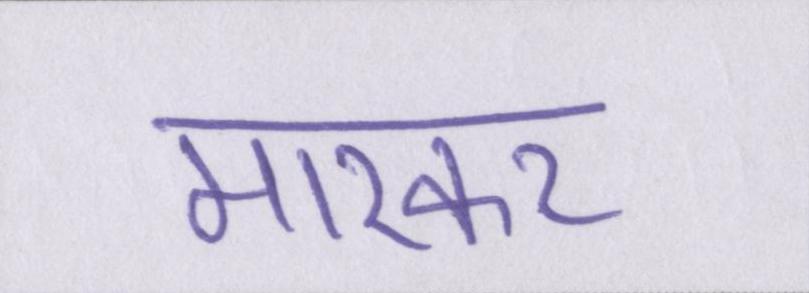
मारकर